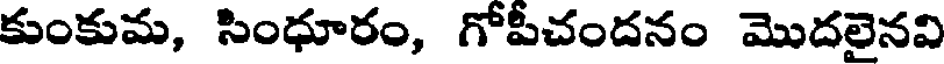
కుంకుమ, సింధూరం, గోపీచందనం మొదలైనవి